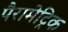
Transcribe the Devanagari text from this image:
पैरामेट्रिक